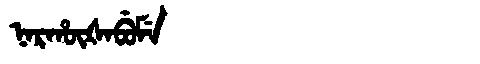
Manchu: ᠨᠠᡵᡥᡡᡧᠠᠪᡠᠮᡝ
Romanization: NARHŪŠABUME